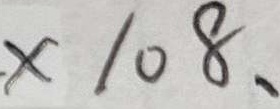
. \times 1 0 8 、